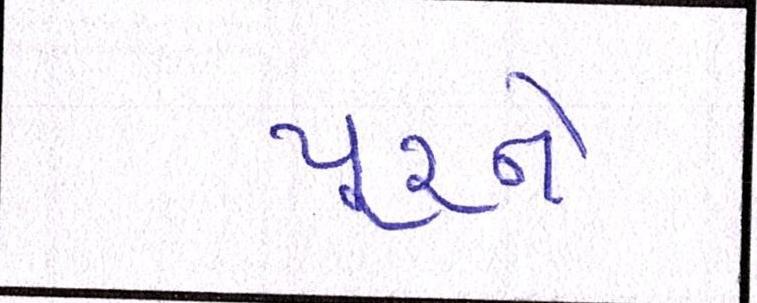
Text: પૂરને